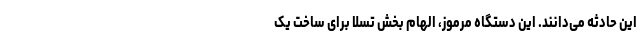
این حادثه می‌دانند. این دستگاه مرموز، الهام بخش تسلا برای ساخت یک